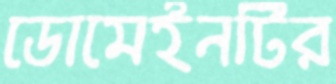
ডোমেইনটির